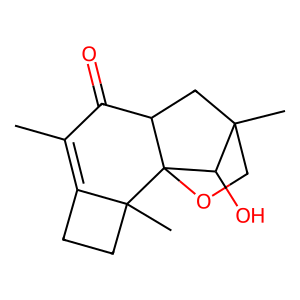
SMILES: CC1=C2CCC2(C)C23OCC(C)(CC2C1=O)C3O
Inhibits HIV replication: No